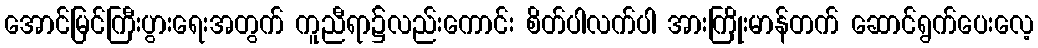
အောင်မြင်ကြီးပွားရေးအတွက် ကူညီရာ၌လည်းကောင်း စိတ်ပါလက်ပါ အားကြိုးမာန်တက် ဆောင်ရွက်ပေးလေ့